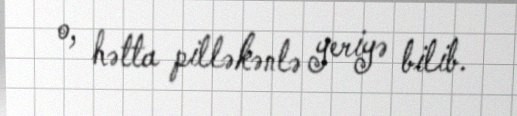
o, hətta pilləkənlə yeriyə bilib.